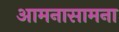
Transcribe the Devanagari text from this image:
आमनासामना